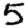
Digit: 5